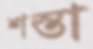
শস্তা